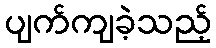
ပျက်ကျခဲ့သည့်